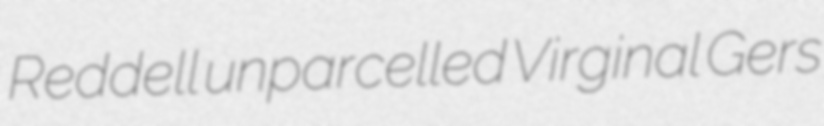
Reddell unparcelled Virginal Gers